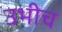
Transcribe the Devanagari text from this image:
उभीच